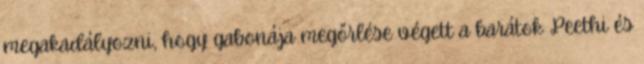
megakadályozni, hogy gabonája megőrlése végett a barátok Peethi és